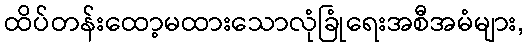
ထိပ်တန်းထော့မထားသောလုံခြုံရေးအစီအမံများ,